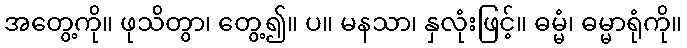
အတွေ့ကို။ ဖုသိတွာ၊ တွေ့၍။ ပ။ မနသာ၊ နှလုံးဖြင့်။ ဓမ္မံ၊ ဓမ္မာရုံကို။